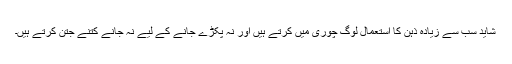
شاید سب سے زیادہ ذہن کا استعمال لوگ چوری میں کرتے ہیں اور نہ پکڑے جانے کے لیے نہ جانے کتنے جتن کرتے ہیں۔